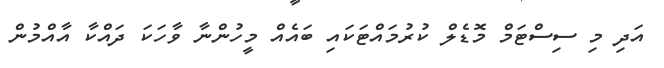
އަދި މި ސިސްޓަމް މޮޑެލް ކުރުމައްޓަކައި ބައެއް މީހުންނާ ވާހަކަ ދައްކާ އާއްމުން